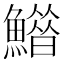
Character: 𩻶